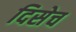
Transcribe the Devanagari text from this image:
दिसेच